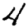
Digit: 4